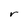
Character: r